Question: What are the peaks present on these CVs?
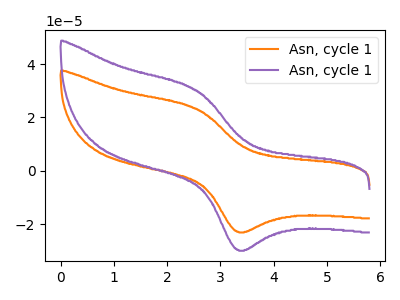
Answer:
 <answer>The orange curve "Asn, cycle 11" has an anodic peak at (2.55V, 23.25uA) and a cathodic peak at (3.35V, -22.85uA). The purple curve "Asn, cycle 12" has an anodic peak at (2.55V, 30.15uA) and a cathodic peak at (3.35V, -29.65uA).</answer>
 <eval></eval>